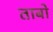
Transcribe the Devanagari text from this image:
ताबो